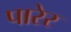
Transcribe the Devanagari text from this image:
पारेर